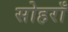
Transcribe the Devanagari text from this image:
सोहराँ